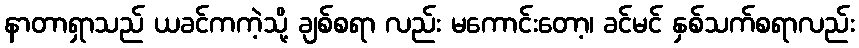
နာတာရှာသည် ယခင်ကကဲ့သို့ ချစ်စရာ လည်း မကောင်းတော့၊ ခင်မင် နှစ်သက်စရာလည်း